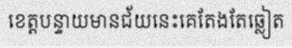
ខេត្តបន្ទាយមានជ័យនេះគេតែងតែឆ្លៀត